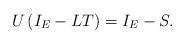
LaTeX: \begin{align*}U\left(I_{E} - L T\right)= I_{E} - S.\end{align*}